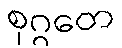
စုဂ္ဂတေ